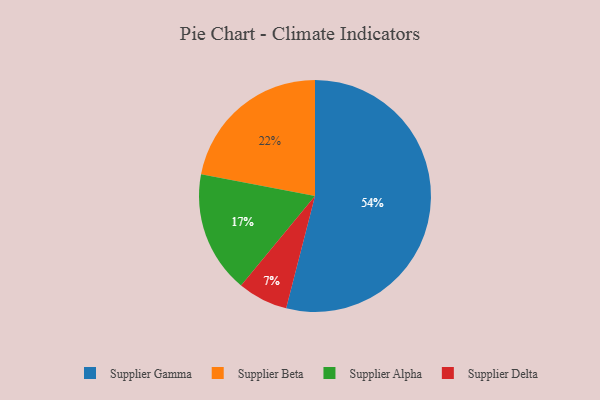
{"axis": {"x": "Category", "y": "Percentage"}, "legend": ["Supplier Alpha", "Supplier Beta", "Supplier Delta", "Supplier Gamma"], "data": [{"x": "Supplier Delta", "y": 7, "type": "Supplier Delta"}, {"x": "Supplier Beta", "y": 22, "type": "Supplier Beta"}, {"x": "Supplier Alpha", "y": 17, "type": "Supplier Alpha"}, {"x": "Supplier Gamma", "y": 54, "type": "Supplier Gamma"}]}